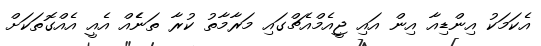
އެކަމަކު އިންޑިއާ އިން އައި ޖީއެމްއެޗްގައި މަރާމާތު ކުރާ ތަނެެއް އެއީ އެއްގޮތަކަށް